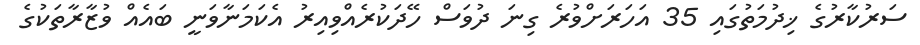
ސަރުކާރުގެ ޚިދުމަތުގައި 35 އަހަރަށްވުރެ ގިނަ ދުވަސް ހޭދަކުރެއްވިއިރު އެކަމަނާވަނީ ބައެއް ވުޒާރާތަކުގެ